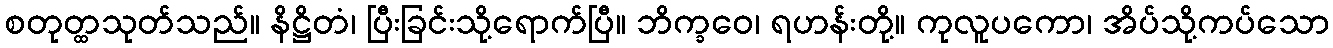
စတုတ္ထသုတ်သည်။ နိဋ္ဌိတံ၊ ပြီးခြင်းသို့ရောက်ပြီ။ ဘိက္ခဝေ၊ ရဟန်းတို့။ ကုလူပကော၊ အိပ်သို့ကပ်သော